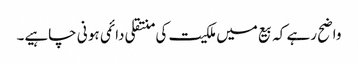
واضح رہے کہ بیع میں ملکیت کی منتقلی دائمی ہو نی چاہیے۔